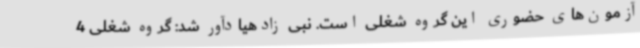
آزمون‌های حضوری این گروه شغلی است. نبی زادهیادآور شد: گروه شغلی 4